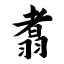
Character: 翥